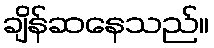
ချိန်ဆနေသည်။